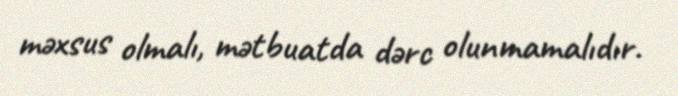
məxsus olmalı, mətbuatda dərc olunmamalıdır.